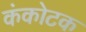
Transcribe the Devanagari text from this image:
कंकोटक